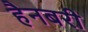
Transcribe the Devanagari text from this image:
हैनबरी